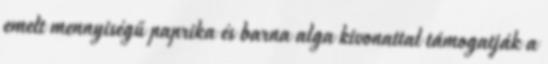
emelt mennyiségű paprika és barna alga kivonattal támogatják a